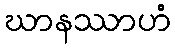
ဃာနဿာဟံ